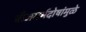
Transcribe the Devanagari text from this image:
बीजगर्भदोषांमुळे